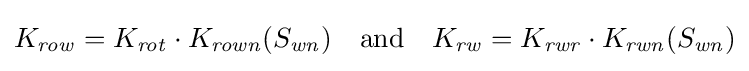
{\begin{aligned}K_{\mathit {row}}=K_{\mathit {rot}}\cdot K_{\mathit {rown}}(S_{\mathit {wn}})&&{\text{and}}&&K_{\mathit {rw}}=K_{\mathit {rwr}}\cdot K_{\mathit {rwn}}(S_{\mathit {wn}})\end{aligned}}